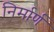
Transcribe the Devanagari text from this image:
निर्मार्ण